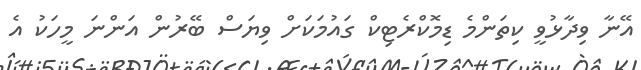
އޭނާ ވިދާޅުވީ ކިތަންމެ ޑިމޮކްރެޓިކް ގައުމަކަށް ވިޔަސް ބޭރުން އަންނަ މީހަކު އެ